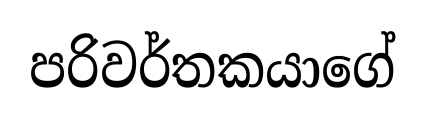
පරිවර්තකයාගේ